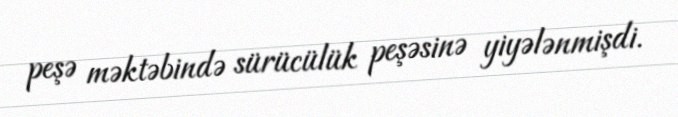
peşə məktəbində sürücülük peşəsinə yiyələnmişdi.